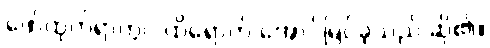
ဖော်ထုတ်ရာတွင် ထိရောက် အောင်မြင်ခဲ့သည် ဆို၏။